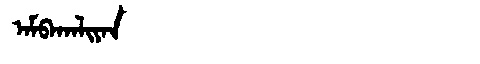
Manchu: ᠠᠮᠪᠠᡴᠠᠯᡳᠶᠠᠨ
Romanization: AMBAKALIYAN